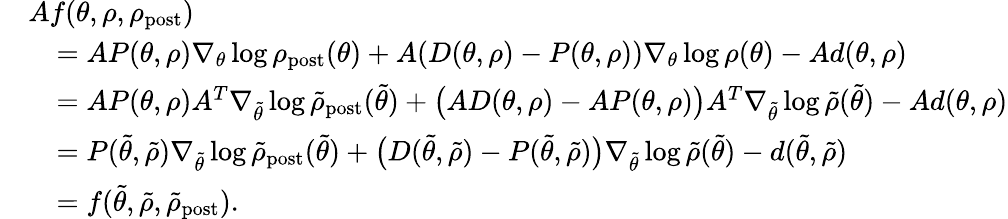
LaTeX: \begin{array}{rl}&{Af(\theta,\rho,\rho_{\mathrm{post}})}\\ &{\quad=AP(\theta,\rho)\nabla_{\theta}\log\rho_{\mathrm{post}}(\theta)+A(D(\theta,\rho)-P(\theta,\rho))\nabla_{\theta}\log\rho(\theta)-Ad(\theta,\rho)}\\ &{\quad=AP(\theta,\rho)A^{T}\nabla_{\tilde{\theta}}\log\tilde{\rho}_{\mathrm{post}}(\tilde{\theta})+\bigl(AD(\theta,\rho)-AP(\theta,\rho)\bigr)A^{T}\nabla_{\tilde{\theta}}\log\tilde{\rho}(\tilde{\theta})-Ad(\theta,\rho)}\\ &{\quad=P(\tilde{\theta},\tilde{\rho})\nabla_{\tilde{\theta}}\log\tilde{\rho}_{\mathrm{post}}(\tilde{\theta})+\bigl(D(\tilde{\theta},\tilde{\rho})-P(\tilde{\theta},\tilde{\rho})\bigr)\nabla_{\tilde{\theta}}\log\tilde{\rho}(\tilde{\theta})-d(\tilde{\theta},\tilde{\rho})}\\ &{\quad=f(\tilde{\theta},\tilde{\rho},\tilde{\rho}_{\mathrm{post}}).}\end{array}